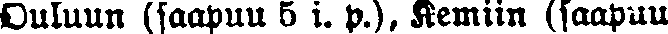
Ouluun (saapuu 5 i. P.), Kemiin (saapuu